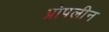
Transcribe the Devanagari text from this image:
प्रोपलीन